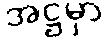
အဋ္ဌမှာ